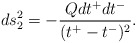
\begin{align*}ds^2_2 = - \frac{Qdt^+dt^-}{(t^+ - t^-)^2}.\end{align*}